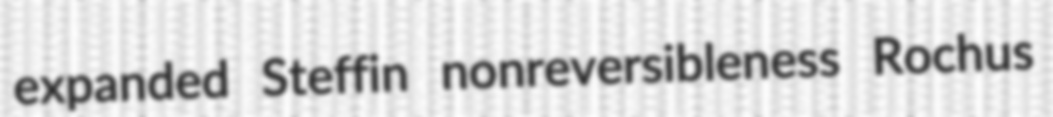
expanded Steffin nonreversibleness Rochus